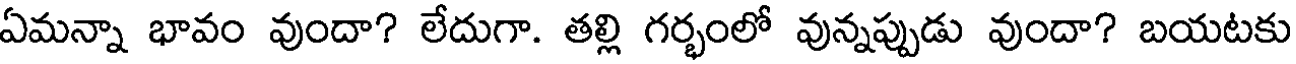
ఏమన్నా భావం వుందా? లేదుగా. తల్లి గర్భంలో వున్నప్పుడు వుందా? బయటకు